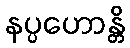
နပ္ပဟောန္တိ